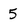
Character: 5